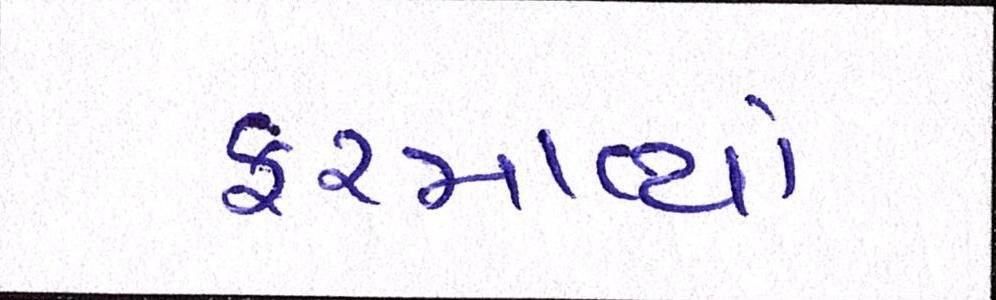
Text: ફરમાવ્યો